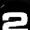
Digit: 2